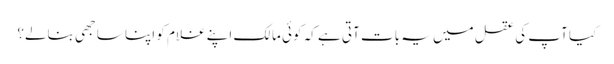
کیا آپ کی عقل میں یہ بات آتی ہے کہ کوئی مالک اپنے غلام کو اپنا ساجھی بنالے؟